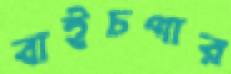
বাইচপার